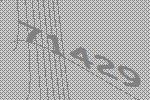
71429